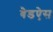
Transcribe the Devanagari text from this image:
बैडऐस